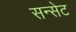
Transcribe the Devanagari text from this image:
सन्सेट